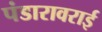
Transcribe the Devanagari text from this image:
पंडारावराई